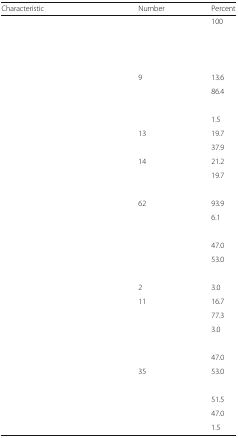
<table><thead><tr><td><b>Characteristic</b></td><td><b>Number</b></td><td><b>Percent</b></td></tr></thead><tbody><tr><td>[EMPTY_CELL]</td><td>[EMPTY_CELL]</td><td>100</td></tr><tr><td>[EMPTY_CELL]</td><td>[EMPTY_CELL]</td><td>[EMPTY_CELL]</td></tr><tr><td>[EMPTY_CELL]</td><td>[EMPTY_CELL]</td><td>[EMPTY_CELL]</td></tr><tr><td colspan="3">[EMPTY_CELL]</td></tr><tr><td>[EMPTY_CELL]</td><td>9</td><td>13.6</td></tr><tr><td>[EMPTY_CELL]</td><td>[EMPTY_CELL]</td><td>86.4</td></tr><tr><td colspan="3">[EMPTY_CELL]</td></tr><tr><td>[EMPTY_CELL]</td><td>[EMPTY_CELL]</td><td>1.5</td></tr><tr><td>[EMPTY_CELL]</td><td>13</td><td>19.7</td></tr><tr><td>[EMPTY_CELL]</td><td>[EMPTY_CELL]</td><td>37.9</td></tr><tr><td>[EMPTY_CELL]</td><td>14</td><td>21.2</td></tr><tr><td>[EMPTY_CELL]</td><td>[EMPTY_CELL]</td><td>19.7</td></tr><tr><td colspan="3">[EMPTY_CELL]</td></tr><tr><td>[EMPTY_CELL]</td><td>62</td><td>93.9</td></tr><tr><td>[EMPTY_CELL]</td><td>[EMPTY_CELL]</td><td>6.1</td></tr><tr><td colspan="3">[EMPTY_CELL]</td></tr><tr><td>[EMPTY_CELL]</td><td>[EMPTY_CELL]</td><td>47.0</td></tr><tr><td>[EMPTY_CELL]</td><td>[EMPTY_CELL]</td><td>53.0</td></tr><tr><td colspan="3">[EMPTY_CELL]</td></tr><tr><td>[EMPTY_CELL]</td><td>2</td><td>3.0</td></tr><tr><td>[EMPTY_CELL]</td><td>11</td><td>16.7</td></tr><tr><td>[EMPTY_CELL]</td><td>[EMPTY_CELL]</td><td>77.3</td></tr><tr><td>[EMPTY_CELL]</td><td>[EMPTY_CELL]</td><td>3.0</td></tr><tr><td colspan="3">[EMPTY_CELL]</td></tr><tr><td>[EMPTY_CELL]</td><td>[EMPTY_CELL]</td><td>47.0</td></tr><tr><td>[EMPTY_CELL]</td><td>35</td><td>53.0</td></tr><tr><td colspan="3">[EMPTY_CELL]</td></tr><tr><td>[EMPTY_CELL]</td><td>[EMPTY_CELL]</td><td>51.5</td></tr><tr><td>[EMPTY_CELL]</td><td>[EMPTY_CELL]</td><td>47.0</td></tr><tr><td>[EMPTY_CELL]</td><td>[EMPTY_CELL]</td><td>1.5</td></tr></tbody></table>